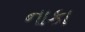
નાકા